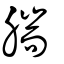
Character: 腨